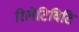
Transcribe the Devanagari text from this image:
रिलेटिविटि